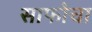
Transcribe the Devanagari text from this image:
साफोचा